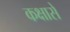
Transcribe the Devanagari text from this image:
कक्षासे